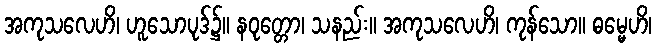
အကုသလေဟိ၊ ဟူသောပုဒ်၌။ နဝုတ္တော၊ သနည်း။ အကုသလေဟိ၊ ကုန်သော။ ဓမ္မေဟိ၊